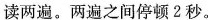
读两遍。两遍之间停顿2秒。